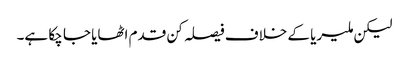
لیکن ملیریا کے خلاف فیصلہ کن قدم اٹھایا جا چکا ہے۔